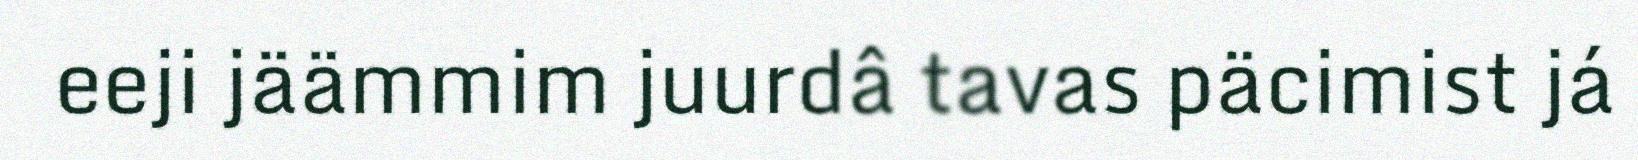
eeji jäämmim juurdâ tavas päcimist já